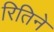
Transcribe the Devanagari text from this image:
रितिने